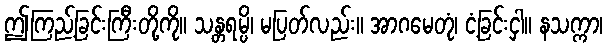
ဤကြည့်ခြင်းကြီးတို့ကို။ သန္တရမ္ပိ၊ မပြတ်လည်း။ အာဂမေတုံ၊ ငံ့ခြင်းငှါ။ နသက္ကာ၊